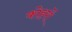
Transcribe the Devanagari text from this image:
कोहरों